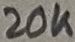
Text: 20K